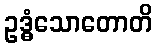
ဥဒ္ဓံသောတောတိ